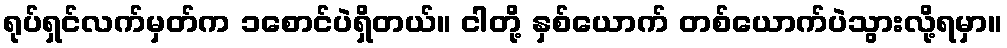
ရုပ်ရှင်လက်မှတ်က ၁စောင်ပဲရှိတယ်။ ငါတို့ နှစ်ယောက် တစ်ယောက်ပဲသွားလို့ရမှာ။